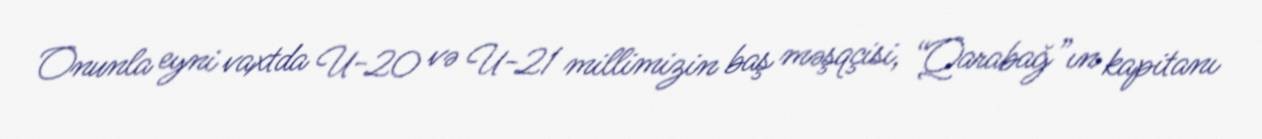
Onunla eyni vaxtda U-20 və U-21 millimizin baş məşqçisi, “Qarabağ”ın kapitanı